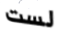
لست